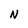
Character: N